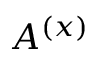
A ^ { ( x ) }